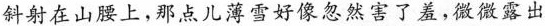
斜射在山腰上，那点儿薄雪好像忽然害了羞，微微露出